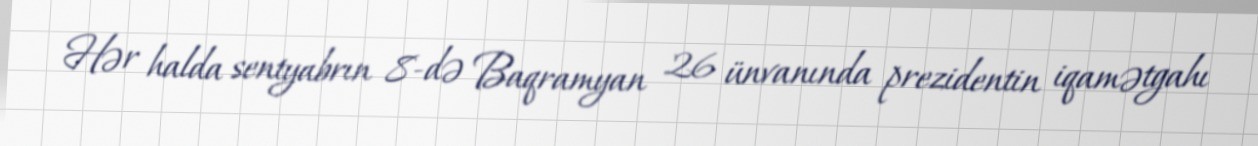
Hər halda sentyabrın 8-də Baqramyan 26 ünvanında prezidentin iqamətgahı